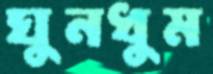
ঘুনধুম